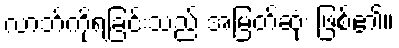
လာဘ်ကိုရခြင်းသည် အမြတ်ဆုံး ဖြစ်၏။